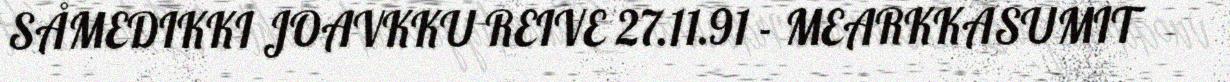
SÅMEDIKKI JOAVKKU REIVE 27.11.91 - MEARKKASUMIT